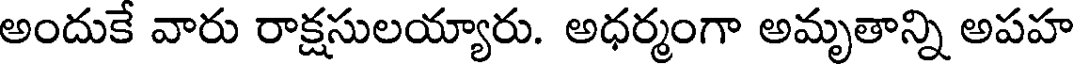
అందుకే వారు రాక్షసులయ్యారు. అధర్మంగా అమృతాన్ని అపహ